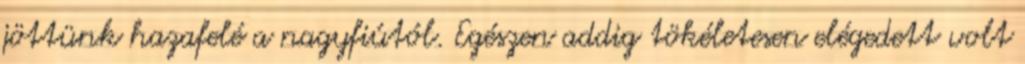
jöttünk hazafelé a nagyfiútól. Egészen addig tökéletesen elégedett volt